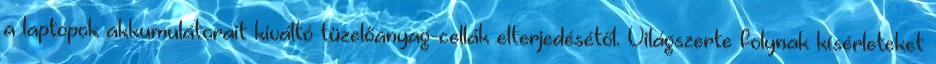
a laptopok akkumulátorait kiváltó tüzelőanyag-cellák elterjedésétől. Világszerte folynak kísérleteket